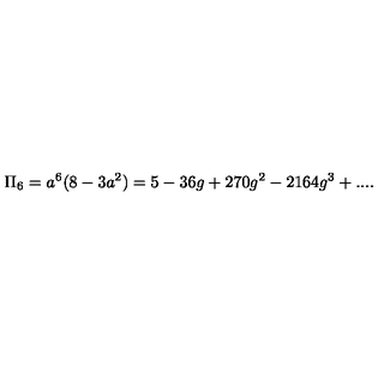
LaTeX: \Pi _ { 6 } = a ^ { 6 } ( 8 - 3 a ^ { 2 } ) = 5 - 3 6 g + 2 7 0 g ^ { 2 } - 2 1 6 4 g ^ { 3 } + . . . .